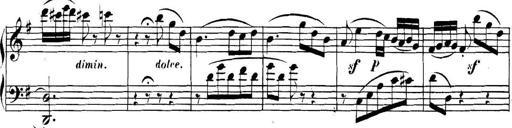
Title: Collected Piano Sonatas
Composer: Muzio Clementi